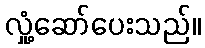
လှုံ့ဆော်ပေးသည်။